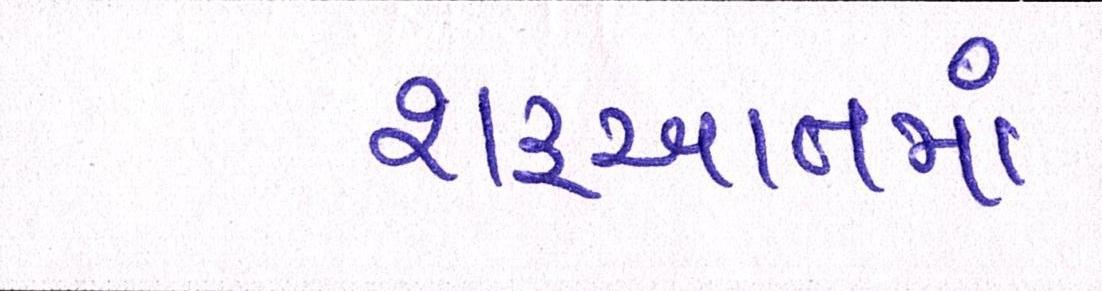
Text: શરૂઆતમાં